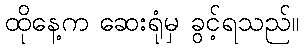
ထိုနေ့က ဆေးရုံမှ ခွင့်ရသည်။